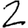
Digit: 2